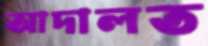
আদালত